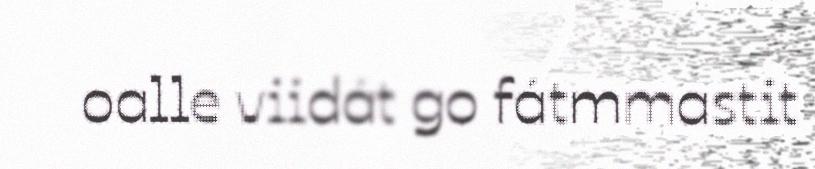
oalle viidát go fátmmastit